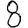
Digit: 8